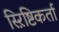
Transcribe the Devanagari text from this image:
स्ऱिष्टिकर्ता